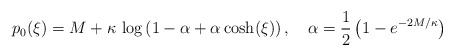
\begin{align*} p_0(\xi) = M+\kappa\, \log\left(1-\alpha + \alpha\, {\cosh}(\xi)\right),\quad \alpha = \frac12 \left( 1 - e^{-2M/\kappa}\right)\end{align*}